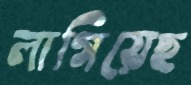
লাগিয়েছ